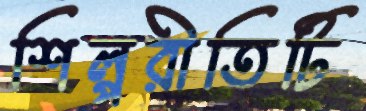
শিল্পরীতিটি